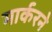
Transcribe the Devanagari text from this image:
मार्करने